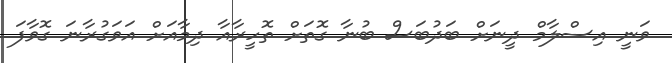
ވަނީ އިސްލާމް ދީނަށް ބަދުބަސް ބުނާ ގޮތަށް ތޮހީރާއާ ދިމާއަށް އަވަގުރާނަ ގޮވާފަ